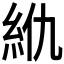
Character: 𰫜